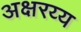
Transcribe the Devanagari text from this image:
अक्षरय्य